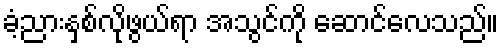
ခံ့ညားနှစ်လိုဖွယ်ရာ အသွင်ကို ဆောင်လေသည်။